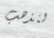
لنذهب